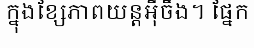
ក្នុងខ្សែភាពយន្តអ៊ីចឹង។ ផ្នែក